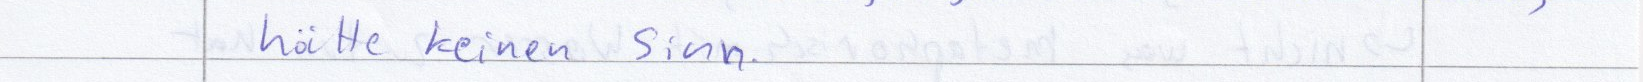
hätte keinen sinn